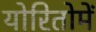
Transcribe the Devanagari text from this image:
योरितोमें